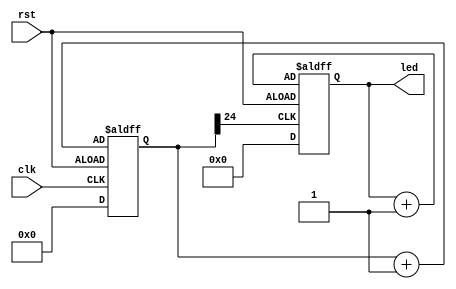
`timescale 1ns / 1ps

module HW_1(led,clk,rst);
    input clk,rst;
    output reg [7:0] led;
    
    wire divclk;
    reg [24:0] cnt;
    
    assign divclk = cnt[24];
    always @(posedge clk or negedge rst)begin
        if(rst)
            cnt <= 25'd0;
        else 
            cnt <= cnt + 1'b1; 
    end    
    
    always @(posedge divclk or negedge rst)begin
        if(rst)
            led <= 8'd0;
        else 
            led <= led + 1'b1;
     end
endmodule